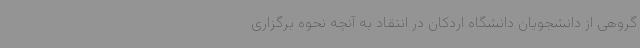
گروهی از دانشجویان دانشگاه اردکان در انتقاد به آنچه نحوه برگزاری